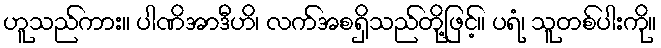
ဟူသည်ကား။ ပါဏိအာဒီဟိ၊ လက်အစရှိသည်တို့ဖြင့်။ ပရံ၊ သူတစ်ပါးကို။